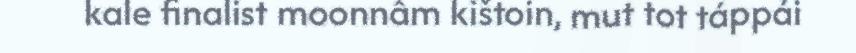
kale finalist moonnâm kištoin, mut tot táppái